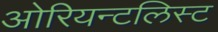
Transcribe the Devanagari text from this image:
ओरियन्टलिस्ट